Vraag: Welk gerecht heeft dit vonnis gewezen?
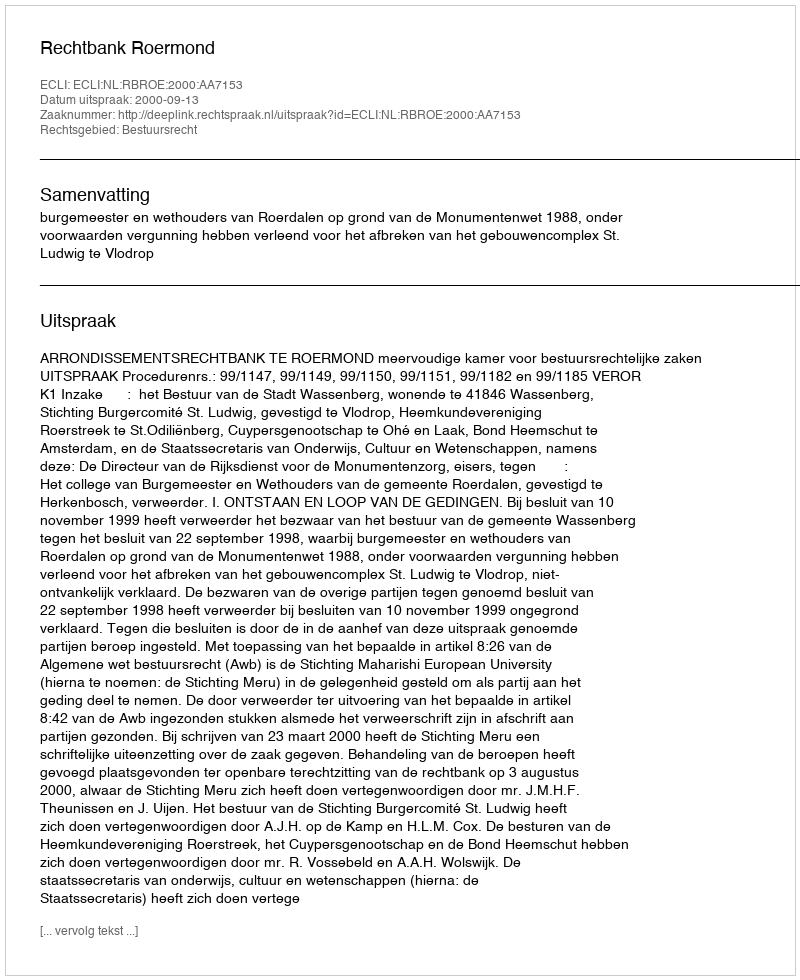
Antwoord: Rechtbank Roermond